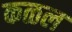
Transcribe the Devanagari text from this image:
कळल